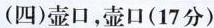
(四)壶口，壶口(17分)